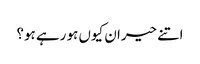
اتنے حیران کیوں ہو رہے ہو؟